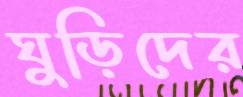
ঘুড়িদের